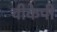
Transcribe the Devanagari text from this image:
वीकेपी